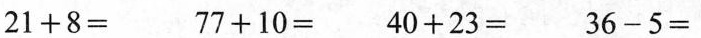
$$2 1 + 8 =$$ $$7 7 + 1 0 =$$ $$4 0 + 2 3 =$$ $$3 6 - 5 =$$